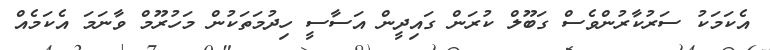
އެކަމަކު ސަރުކާރުންވެސް ގަބޫލް ކުރަން ގައިދީން އަސާސީ ހިދުމަތަކުން މަހުރޫމް ވާނަމަ އެކަމެއް